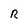
Character: R